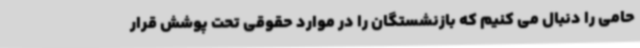
حامی را دنبال می کنیم که بازنشستگان را در موارد حقوقی تحت پوشش قرار